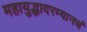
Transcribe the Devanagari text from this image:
महायुद्धादरम्यानचं